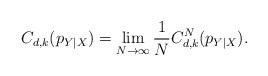
LaTeX: \begin{align*} C_{d,k}(p_{Y|X})=\lim_{N\to\infty}\frac{1}{N}C^N_{d,k}(p_{Y|X}).\end{align*}